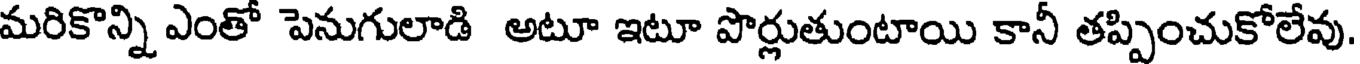
మరికొన్ని ఎంతో పెనుగులాడి అటూ ఇటూ పొర్లుతుంటాయి కానీ తప్పించుకోలేవు.